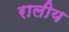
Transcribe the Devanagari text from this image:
रालीय